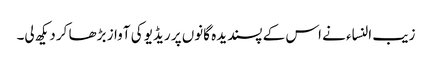
زیب النساء نے اس کے پسندیدہ گانوں پر ریڈیو کی آواز بڑھا کر دیکھ لی۔